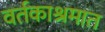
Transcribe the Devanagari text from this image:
वर्तकाश्रमात